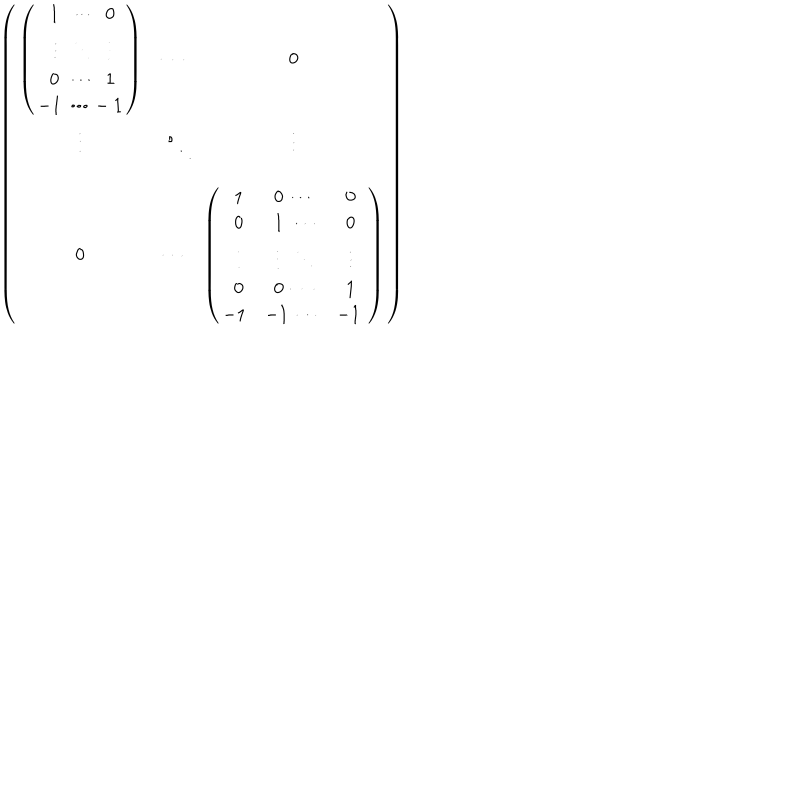
LaTeX: \left( \begin{matrix} { { \left( \begin{matrix} { { { } ~ 1 ~ ~ \cdots ~ ~ 0 } } \\ { { { } ~ \vdots ~ ~ \ddots ~ ~ \vdots } } \\ { { { } ~ 0 ~ ~ \cdots ~ ~ 1 } } \\ { { - 1 ~ \cdots - 1 } } \\ \end{matrix} \right) } } & { { \cdots } } & { { 0 } } \\ { { \vdots } } & { { \ddots } } & { { \vdots } } \\ { { 0 } } & { { \cdots } } & { { \left( \begin{matrix} { { { } ~ ~ 1 } } & { { ~ 0 ~ \cdots } } & { { 0 } } \\ { { { } ~ ~ 0 } } & { { ~ 1 ~ \cdots } } & { { 0 } } \\ { { { } ~ ~ \vdots } } & { { ~ ~ \vdots ~ ~ \ddots } } & { { \vdots } } \\ { { { } ~ ~ 0 } } & { { ~ 0 ~ \cdots } } & { { 1 } } \\ { { - 1 } } & { { \hspace { - . 3 c m } - 1 ~ \cdots } } & { { \hspace { - . 2 c m } - 1 ~ } } \\ \end{matrix} \right) } } \\ \end{matrix} \right)